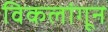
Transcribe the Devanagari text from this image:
विकलांगून